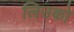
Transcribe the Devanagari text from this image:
लिउको